Indian journal of veterinary science and animal husbandry - Volume 3,
Year: 1933
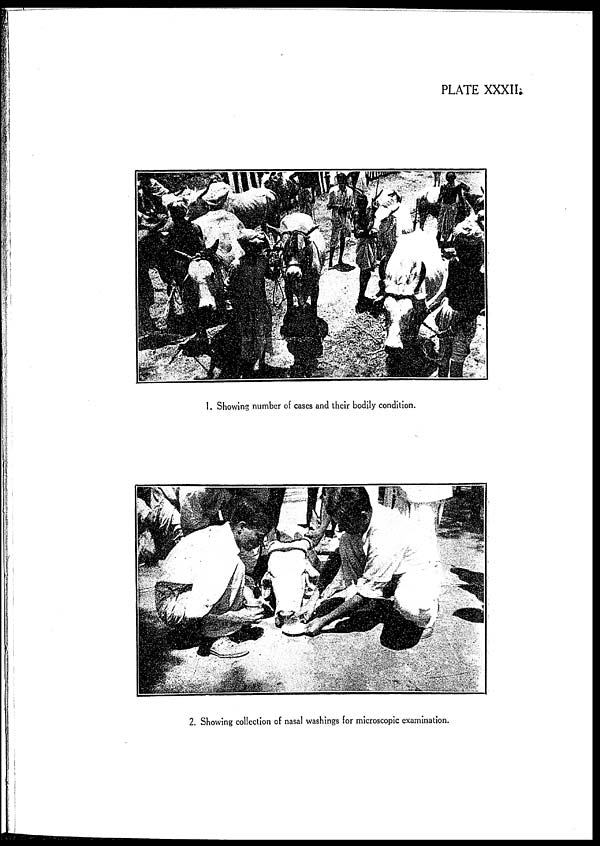
PLATE XXXII.
1. Showing number of cases and their bodily condition.
2. Showing collection of nasal washings for microscopic examination.